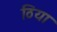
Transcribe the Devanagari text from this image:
ठिया